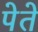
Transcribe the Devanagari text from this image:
पेते